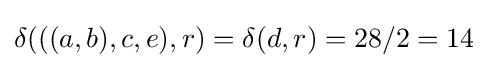
\delta (((a,b),c,e),r)=\delta (d,r)=28/2=14